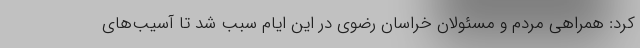
کرد: همراهی مردم و مسئولان خراسان رضوی در این ایام سبب شد تا آسیب‌های